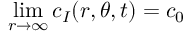
\operatorname* { l i m } _ { r \to \infty } c _ { I } ( r , \theta , t ) = c _ { 0 }